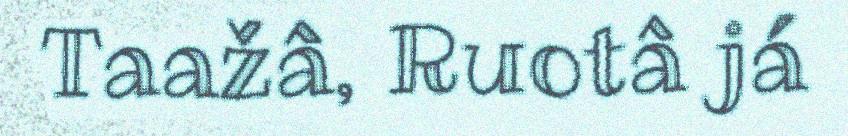
Taažâ, Ruotâ já